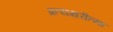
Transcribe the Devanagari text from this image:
प्रत्यक्षरीत्या